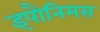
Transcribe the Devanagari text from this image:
इपौनिमस